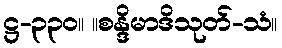
ဋ္ဌ-၃၃၀။ ။စန္ဒိမာဒိသုတ်-သံ။